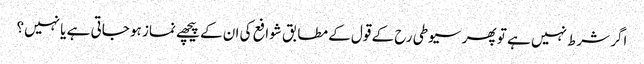
اگر شرط نہیں ہے تو پھر سیوطی رح کے قول کے مطابق شوافع کی ان کے پیچھے نماز ہو جاتی ہے یا نہیں؟